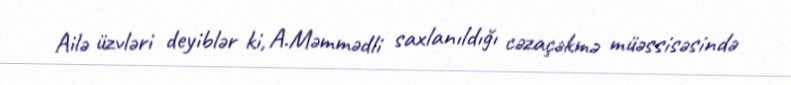
Ailə üzvləri deyiblər ki, A.Məmmədli saxlanıldığı cəzaçəkmə müəssisəsində